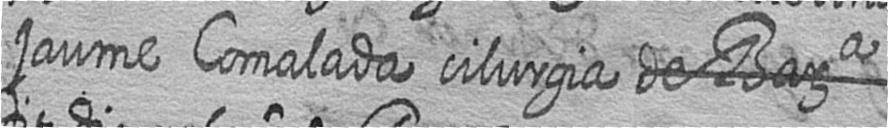
jaume Comalada cilurgia # #